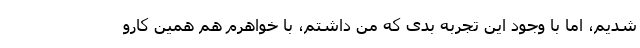
شدیم، اما با وجود این تجربه‌ بدی که من داشتم، با خواهرم هم همین کارو